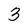
Character: 3